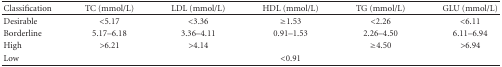
| Classification | TC (mmol/L) | LDL (mmol/L) | HDL (mmol/L) | TG (mmol/L) | GLU (mmol/L) |
 | --- | --- | --- | --- | --- | --- |
 | Desirable | <5.17 | <3.36 | ≥1.53 | <2.26 | <6.11 |
 | Borderline | 5.17–6.18 | 3.36–4.11 | 0.91–1.53 | 2.26–4.50 | 6.11–6.94 |
 | High | >6.21 | >4.14 |  | ≥4.50 | >6.94 |
 | Low |  |  | <0.91 |  |  |